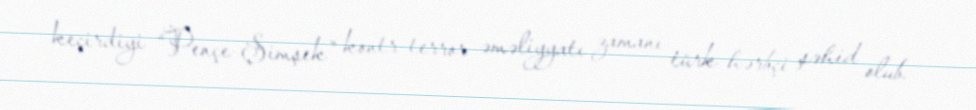
keçirdiyi “Pençe-Şimşek” kontr-terror əməliyyatı zamanı türk hərbçi şəhid olub.